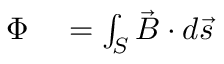
\begin{array} { r l } { \Phi } & { { } = \int _ { S } \vec { B } \cdot d \vec { s } } \end{array}